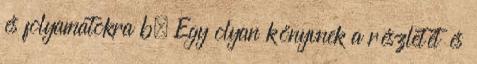
és folyamatokra b. Egy olyan könyvnek a részletét és